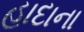
હાદાના